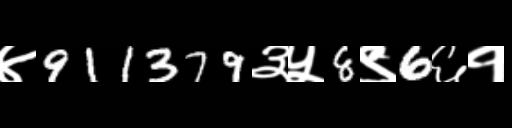
Text: ४911379३५8९6६१